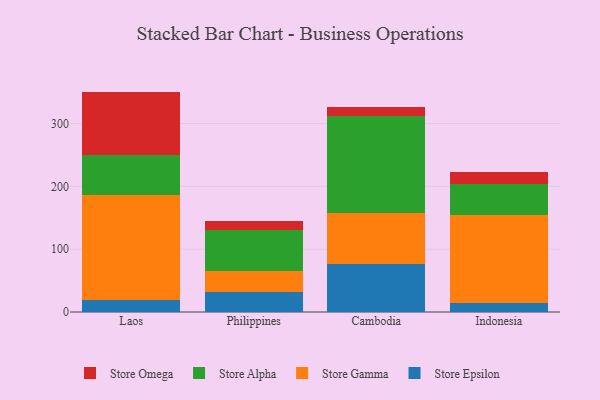
{"axis": {"x": "Country", "y": "Waste Production (Tons)"}, "legend": ["Store Alpha", "Store Epsilon", "Store Gamma", "Store Omega"], "data": [{"x": "Laos", "y": 19.8, "type": "Store Epsilon"}, {"x": "Laos", "y": 166.5, "type": "Store Gamma"}, {"x": "Laos", "y": 64.1, "type": "Store Alpha"}, {"x": "Laos", "y": 100.5, "type": "Store Omega"}, {"x": "Philippines", "y": 32.6, "type": "Store Epsilon"}, {"x": "Philippines", "y": 32.3, "type": "Store Gamma"}, {"x": "Philippines", "y": 65.1, "type": "Store Alpha"}, {"x": "Philippines", "y": 14.8, "type": "Store Omega"}, {"x": "Cambodia", "y": 76.6, "type": "Store Epsilon"}, {"x": "Cambodia", "y": 80.6, "type": "Store Gamma"}, {"x": "Cambodia", "y": 154.6, "type": "Store Alpha"}, {"x": "Cambodia", "y": 15.2, "type": "Store Omega"}, {"x": "Indonesia", "y": 13.8, "type": "Store Epsilon"}, {"x": "Indonesia", "y": 140.5, "type": "Store Gamma"}, {"x": "Indonesia", "y": 49.3, "type": "Store Alpha"}, {"x": "Indonesia", "y": 19.8, "type": "Store Omega"}]}